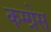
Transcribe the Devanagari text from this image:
कग्ग्रेस